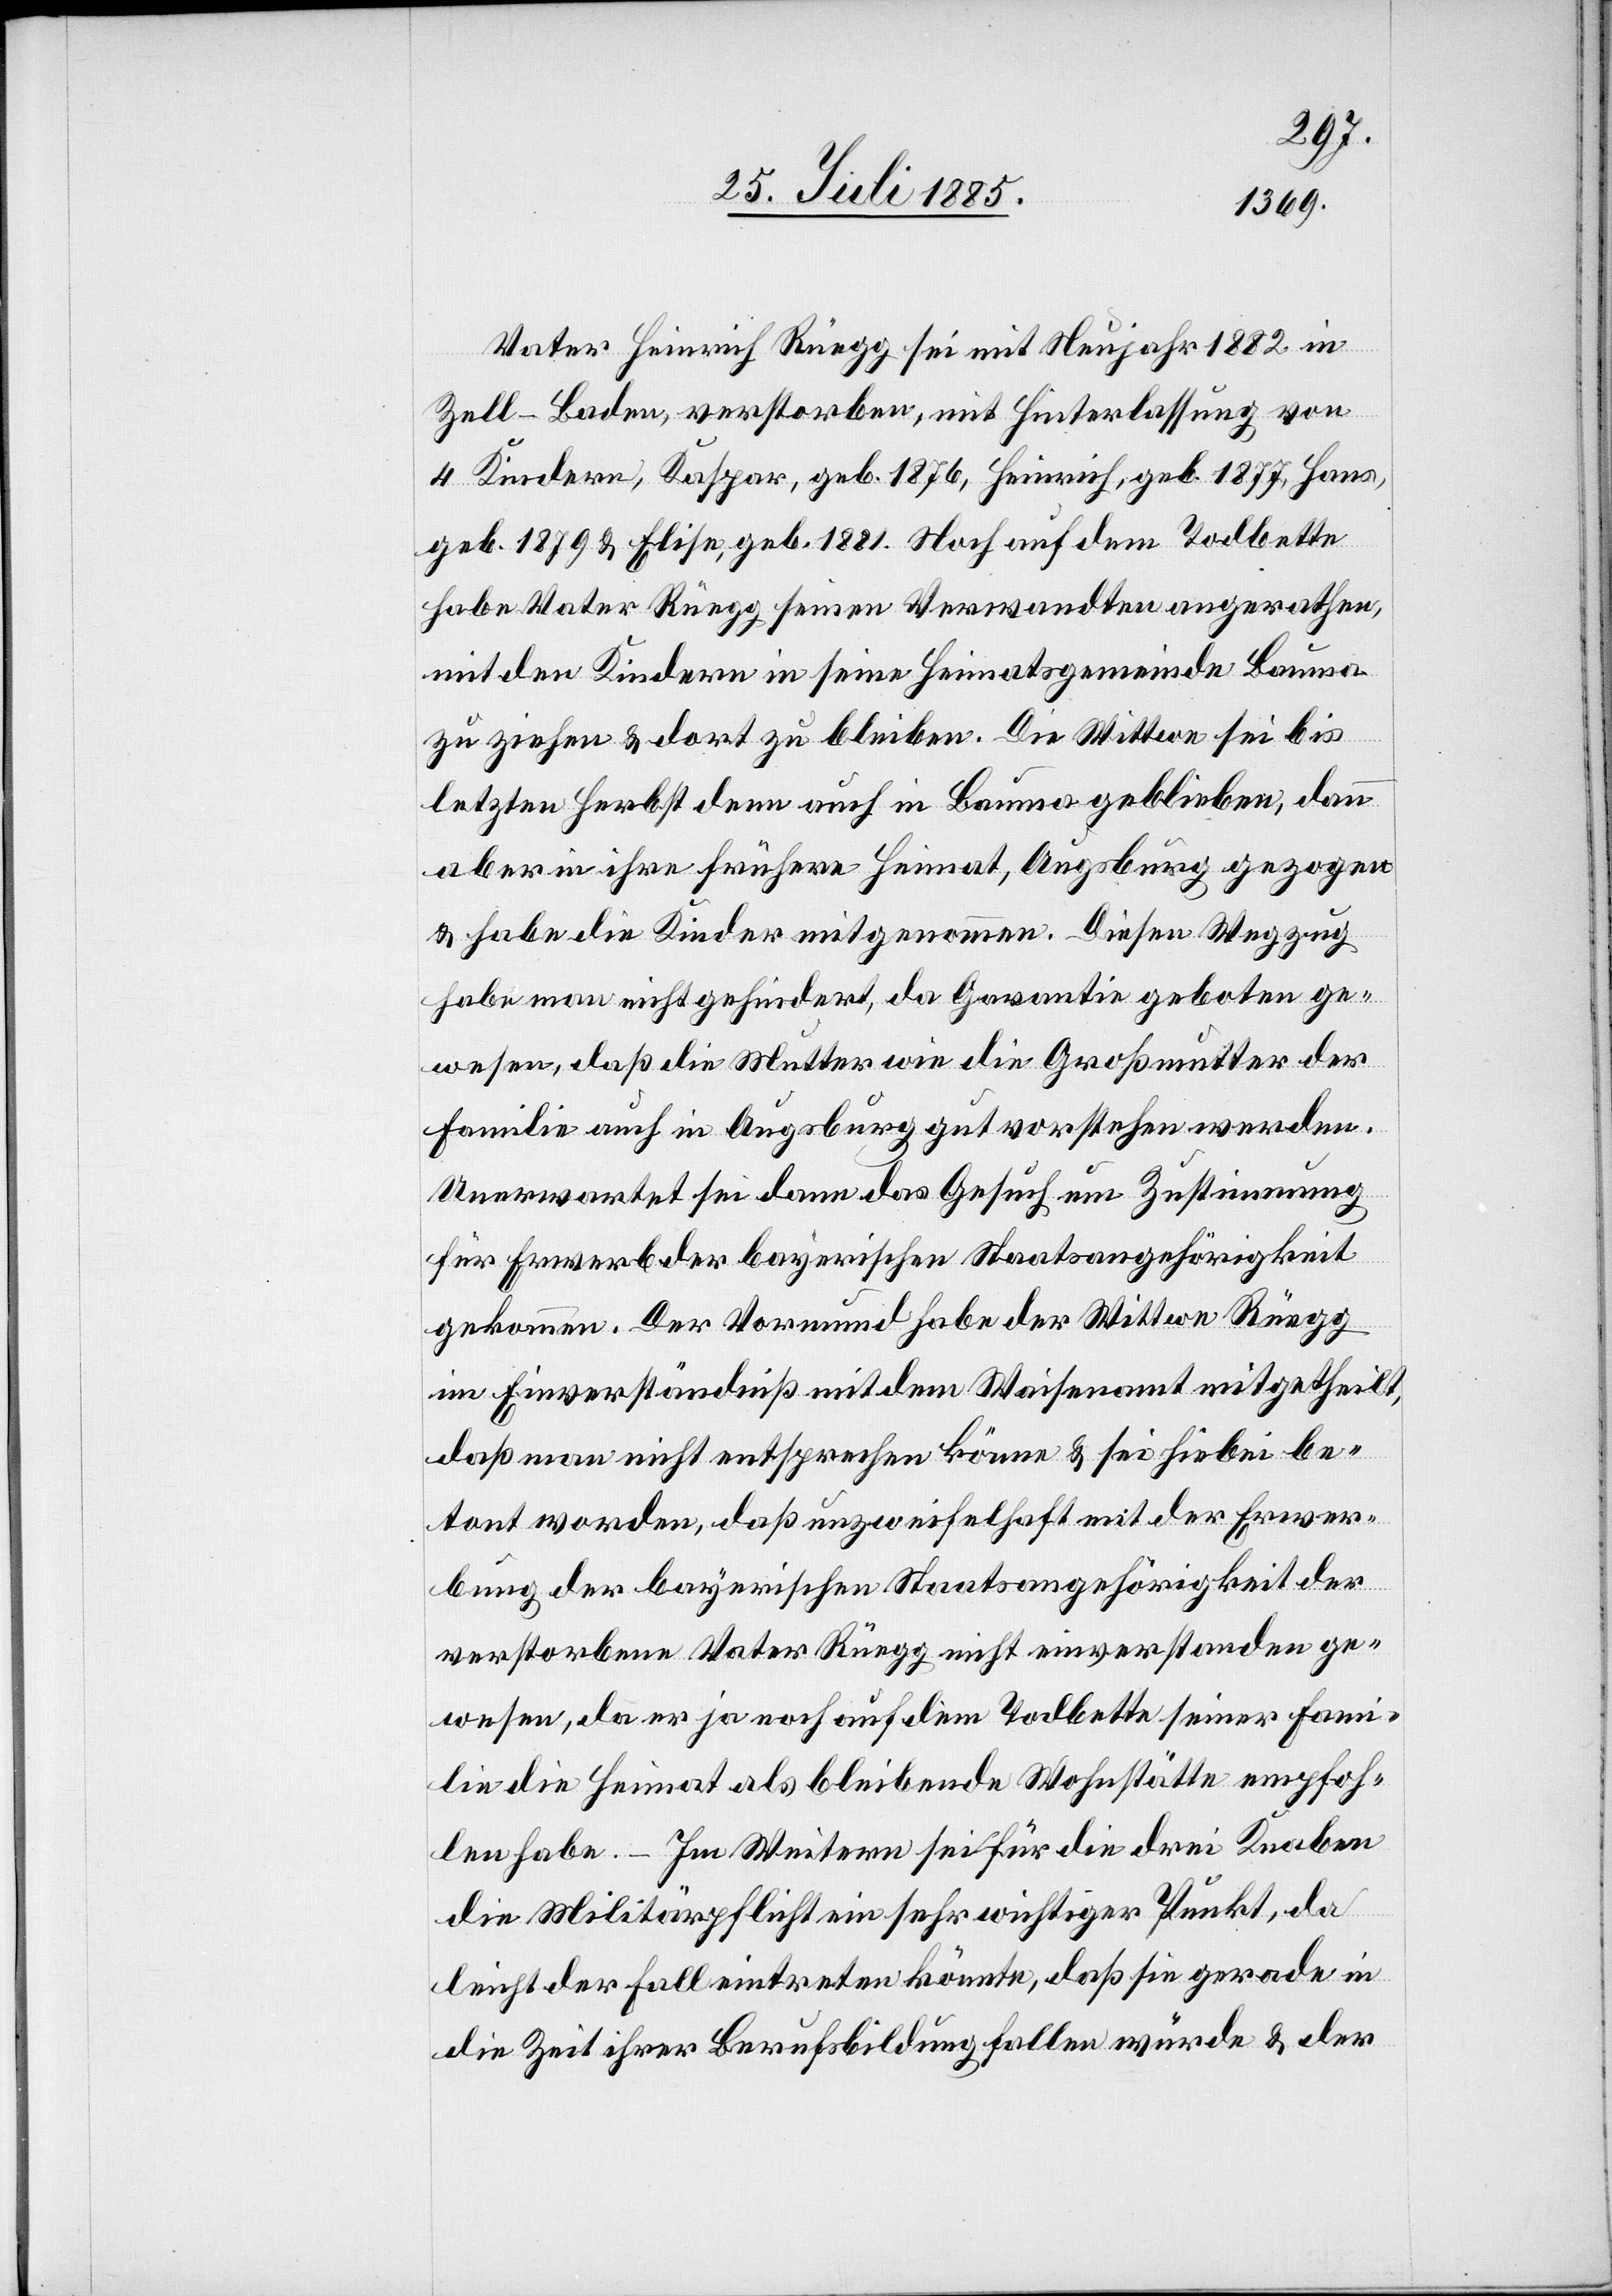
Vater Heinrich Rüegg sei mit Neujahr 1882 in
Zell - Baden, verstorben, mit Hinterlassung von
4 Kindern, Kaspar, geb. 1876, Heinrich, geb. 1877, Hans,
geb. 1879 & Elise, geb. 1881. Noch auf dem Todbette
habe Vater Rüegg seinen Verwandten angerathen,
mit den Kindern in seine Heimatsgemeinde Bauma
zu ziehen & dort zu bleiben. Die Wittwe sei bis
letzten Herbst denn auch in Bauma geblieben, dann
aber in ihre frühere Heimat, Augsburg gezogen
& habe die Kinder mitgenommen. Diesen Wegzug
habe man nicht gehindert, da Garantie geboten ge¬
wesen, daß die Mutter wie die Großmutter der
Familie auch in Augsburg gut vorstehen werden.
Unerwartet sei dann das Gesuch um Zustimmung
für Erwerb der bayerischen Staatsangehörigkeit
gekommen. Der Vormund habe der Wittwe Rüegg
im Einverständniß mit dem Waisenamt mitgetheilt,
daß man nicht entsprechen könne & sei hiebei be¬
tont worden, daß unzweifelhaft mit der Erwer¬
bung der bayerischen Staatsangehörigkeit der
verstorbene Vater Rüegg nicht einverstanden ge¬
wesen, da er ja noch auf dem Todbette seiner Fami¬
lie die Heimat als bleibende Wohnstätte empfoh¬
len habe. – Im Weitern sei für die drei Knaben
die Militärpflicht ein sehr wichtiger Punkt, da
leicht der Fall eintreten könnte, daß sie gerade in
die Zeit ihrer Berufsbildung fallen würde & der